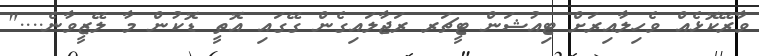
ވާރޭކޮޅެއް ވެހިލާއިރަށް ޓިއުޝަން ޓީޗަރ ރަޖާލައިގެން ގޭގައި އޮތީ ޑޮކުން މާ ލޭޒީވާނެ...."